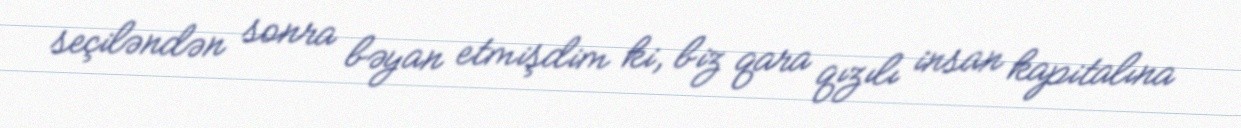
seçiləndən sonra bəyan etmişdim ki, biz qara qızılı insan kapitalına